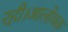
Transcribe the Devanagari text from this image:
रही।आलोचक